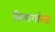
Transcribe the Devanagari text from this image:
विभागांसह